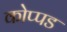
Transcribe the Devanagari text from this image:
कोप्पड